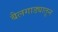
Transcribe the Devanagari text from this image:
बैलगाड्यातून